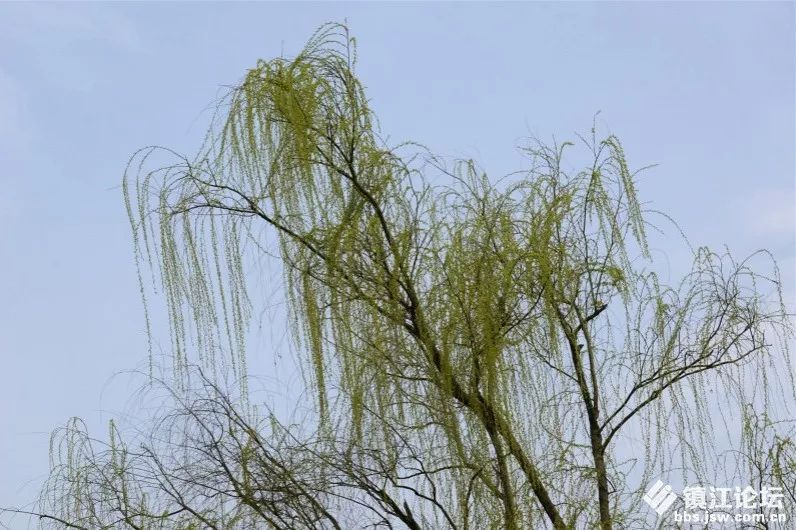
一树春风千万枝，嫩于金色软于丝。